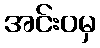
အင်းဝမှ